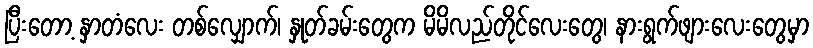
ပြီးတော့ နှာတံလေး တစ်လျှောက်၊ နှုတ်ခမ်းတွေက မိမိလည်တိုင်လေးတွေ၊ နားရွက်ဖျားလေးတွေမှာ